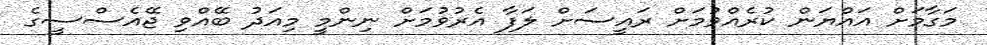
މަގާމަށް އައްޔަން ކުރެއްވުމަށް ރައީސަށް ލަފާ އެރުވުމަށް ނިންމީ މިއަދު ބޭއްވި ޖޭއެސްސީގެ